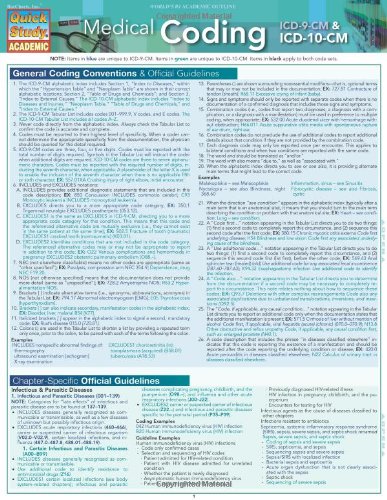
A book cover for Medical Coding: ICD-9 & ICD-10-CM: Quick Study Guide; Inc. BarCharts; Medical Books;